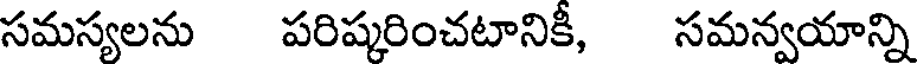
సమస్యలను పరిష్కరించటానికీ, సమన్వయాన్ని